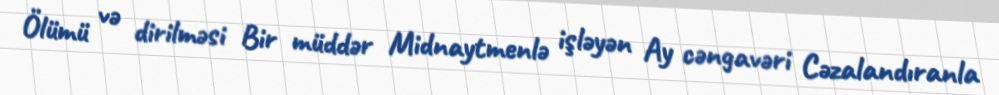
Ölümü və dirilməsi Bir müddər Midnaytmenlə işləyən Ay cəngavəri Cəzalandıranla